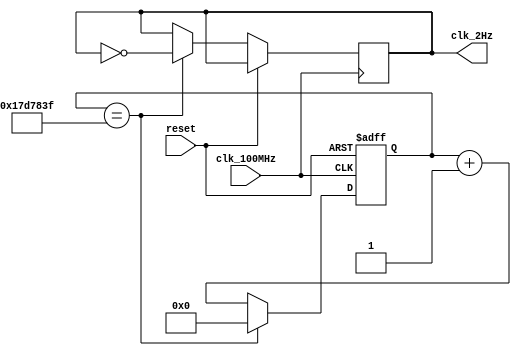
// This program was cloned from: https://github.com/FPGADude/Digital-Design
// License: GNU General Public License v3.0

`timescale 1ns / 1ps

module twoHz_gen(
    input clk_100MHz,
    input reset,
    output clk_2Hz
    );
    
    reg [24:0] counter_reg = 0; 
    reg clk_out = 0;
    
    always @(posedge clk_100MHz or posedge reset) begin
        if(reset)
            counter_reg <= 0;
        else
            if(counter_reg == 24_999_999) begin
                counter_reg <= 0;
                clk_out <= ~clk_out;
            end
            else
                counter_reg <= counter_reg + 1;
    end
    
    assign clk_2Hz = clk_out;
    
endmodule